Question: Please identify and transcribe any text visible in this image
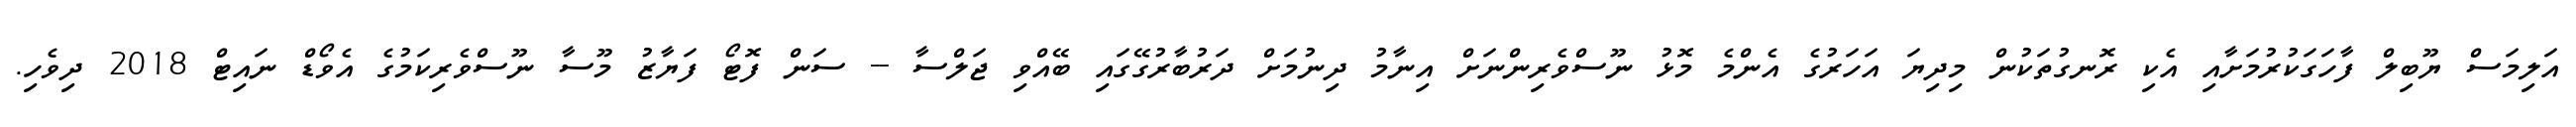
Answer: އަލިމަސް ޔޫބިލް ފާހަގަކުރުމަށާއި އެކި ރޮނގުތަކުން މިދިޔަ އަހަރުގެ އެންމެ މޮޅު ނޫސްވެރިންނަށް އިނާމު ދިނުމަށް ދަރުބާރުގޭގައި ބޭއްވި ޖަލްސާ -- ސަން ފޮޓޯ ފަޔާޒު މޫސާ ނޫސްވެރިކަމުގެ އެވޯޑް ނައިޓް 2018 ދިވެހި.